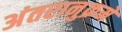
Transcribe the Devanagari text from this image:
अंतरानुक्रमे